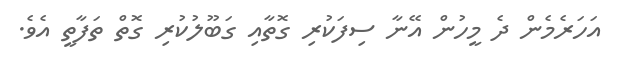
އަހަރެމެން ދެ މީހުން އޭނާ ސިފަކުރި ގޮތާއި ގަބޫލުކުރި ގޮތް ތަފާތީ އެވެ.